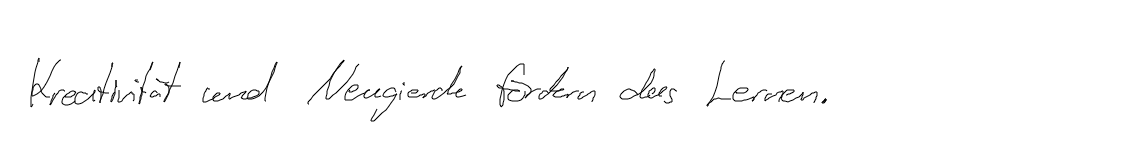
Kreativität und Neugierde fördern das Lernen.